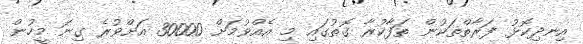
އިނދިކޮޅު ފަރާތްތަކުން ތަފާކުރާ ގޮތުގައި މި އެއްވުމަށް 30000 އަށްވުރެ ގިނަ މީހުން